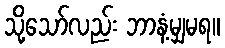
သို့သော်လည်း ဘာနံ့မျှမရ။